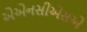
એએનસીએસએ